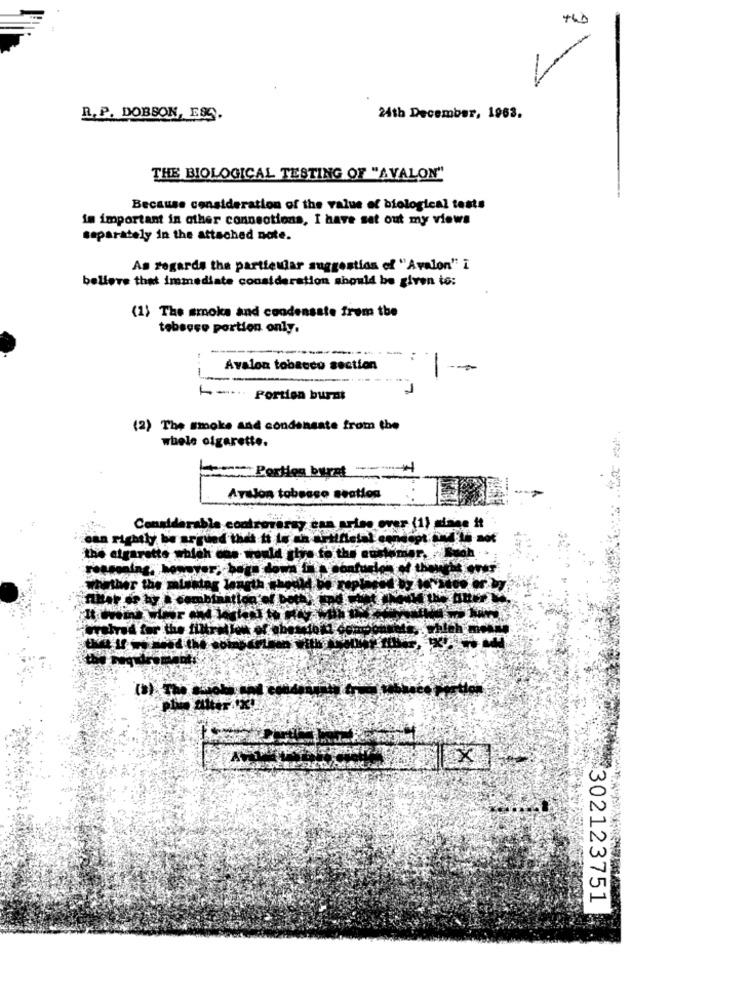
R. P. DOBSON, ESS.
24th December, 1963.
THE BIOLOGICAL TESTING OF "AVALON"
Because consideration of the value of biological tests
im important in other connections, I have set out my views
separately in the attached note.
As regards the particular suggestion of "Avalon" i
believe that immediate consideration should be given to:
(1) The smoke and condensate from the
tebeese portion only.
-
1
Avalon tobacco section
-
L- Portion burnt
(2) The smoke and condensate from the
whele ofgarette.
LowPorties burst 4
Avalon tobeaco section
Considerable controvasay can arios over (1) siane it
can rightly be argued that tt le an Artificial en
the etgarstto which one would she fo the custom
onturich ef then
fahrad for the filtreles of abyss
302123751